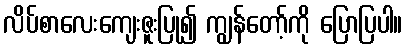
လိပ်စာလေးကျေးဇူးပြု၍ ကျွန်တော့်ကို ပြောပြပါ။